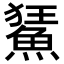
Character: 𩷬